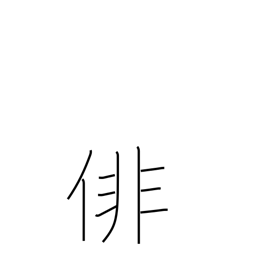
Meaning: haiku